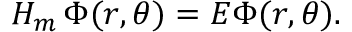
H _ { m } \, \Phi ( r , \theta ) = E \Phi ( r , \theta ) .